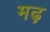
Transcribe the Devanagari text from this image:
मढ़़